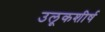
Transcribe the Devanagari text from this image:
उलूकशीर्ष